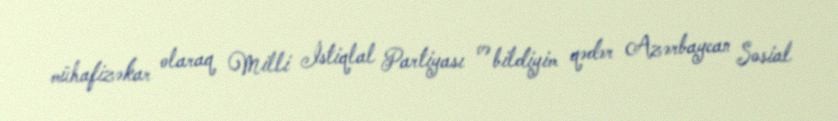
mühafizəkar olaraq Milli İstiqlal Partiyası və bildiyim qədər Azərbaycan Sosial